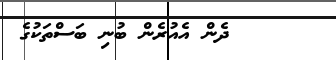
ދެން އެއުރެން ބުނި ބަސްތަކުގެ